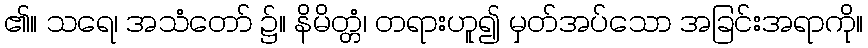
၏။ သရေ၊ အသံတော် ၌။ နိမိတ္တံ၊ တရားဟူ၍ မှတ်အပ်သော အခြင်းအရာကို။